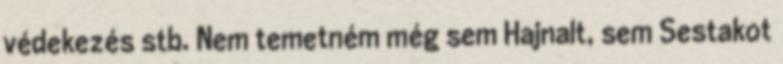
védekezés stb. Nem temetném még sem Hajnalt, sem Sestakot